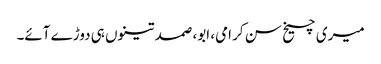
میری چیخ سن کر امی، ابو، صمد تینوں ہی دوڑے آئے۔